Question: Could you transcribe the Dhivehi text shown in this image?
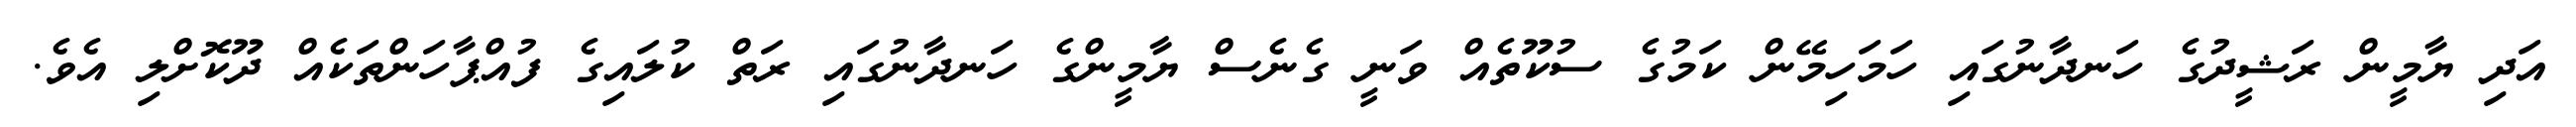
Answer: އަދި ޔާމީން ރަޝީދުގެ ހަނދާނުގައި ހަމަހިމޭން ކަމުގެ ސުކޫތެއް ވަނީ ގެނެސް ޔާމީންގެ ހަނދާނުގައި ރަތް ކުލައިގެ ފުއްޕާހަންތަކެއް ދޫކޮށްލި އެވެ.